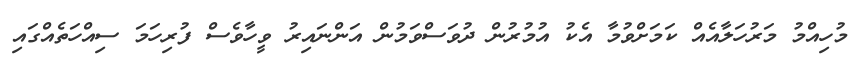
މުހިއްމު މަރުހަލާއެއް ކަމަށްވުމާ އެކު އުމުރުން ދުވަސްވަމުން އަންނައިރު ވީހާވެސް ފުރިހަމަ ސިއްހަތެއްގައި